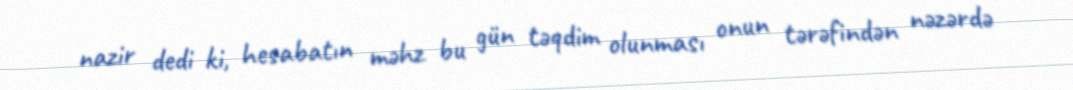
nazir dedi ki, hesabatın məhz bu gün təqdim olunması onun tərəfindən nəzərdə